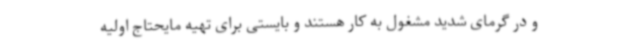
و در گرمای شدید مشغول به کار هستند و بایستی برای تهیه مایحتاج اولیه